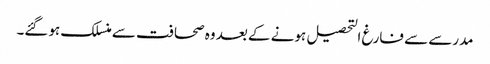
مدرسے سے فارغ التحصیل ہونے کے بعد وہ صحافت سے منسلک ہوگئے۔